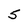
Character: 5